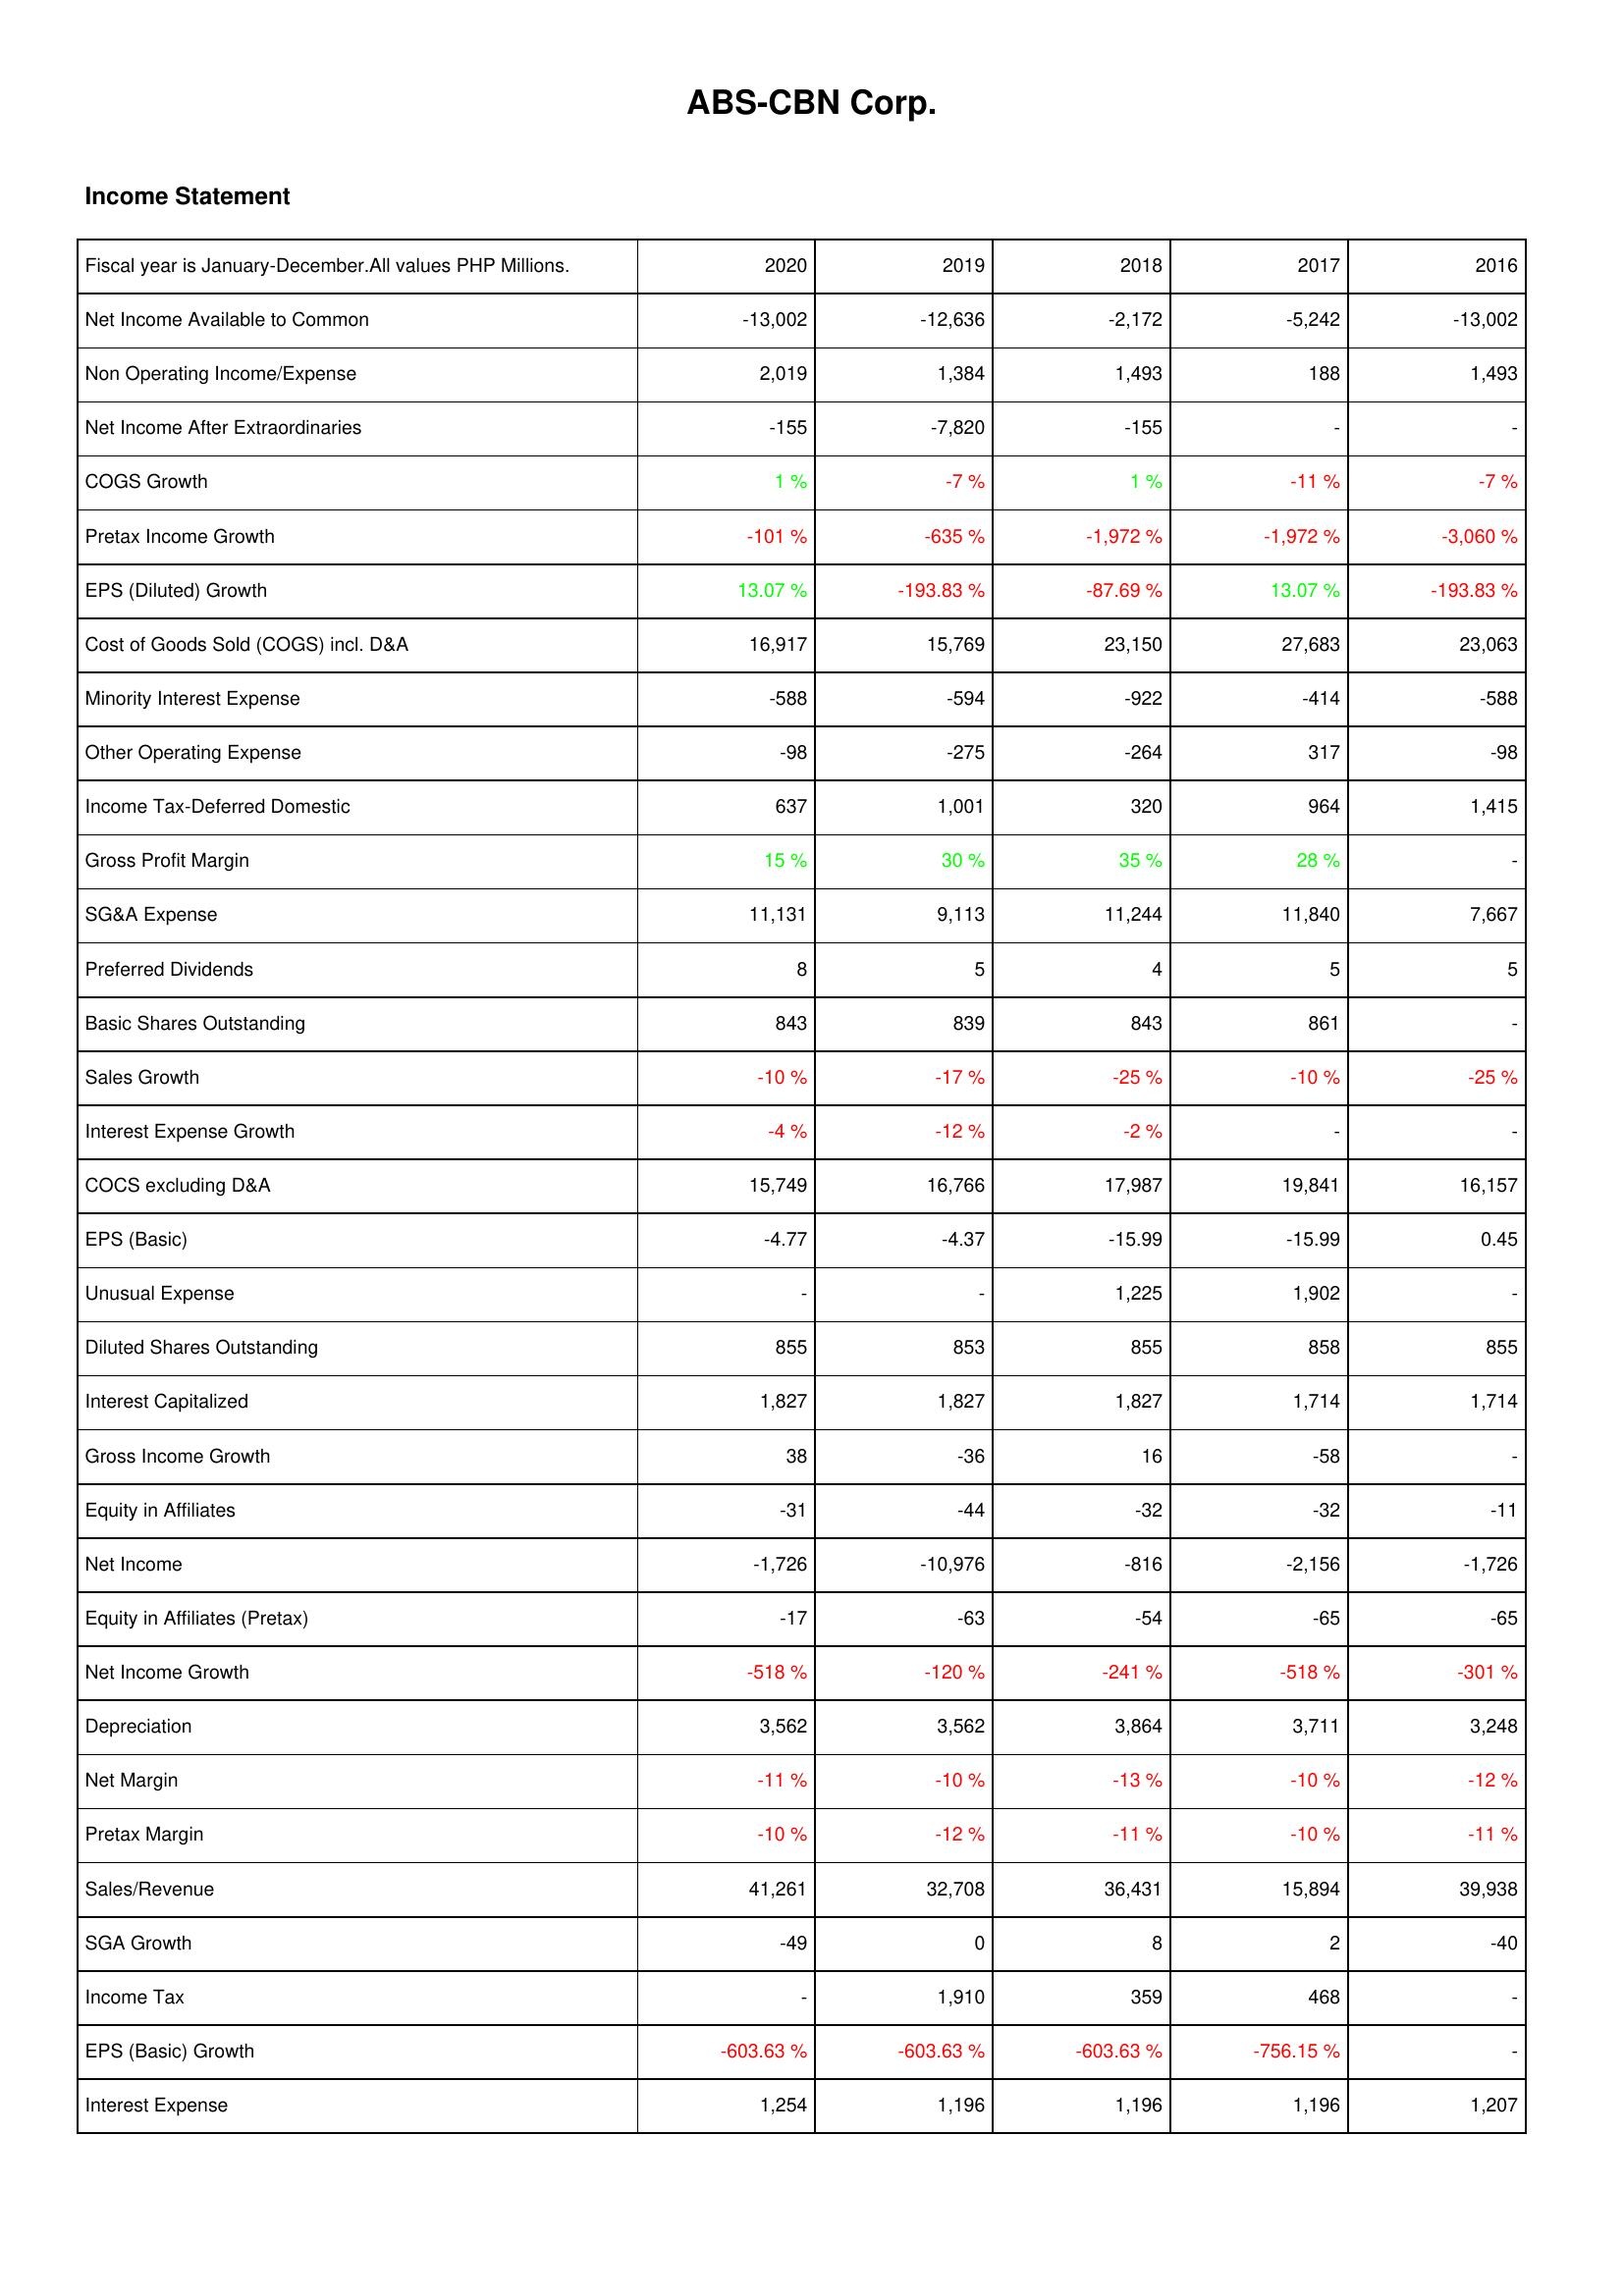
2020: Income Statement: Net Income Available to Common: -13,002
Non Operating Income/Expense: 2,019
Net Income After Extraordinaries: -155
COGS Growth: 1 %
Pretax Income Growth: -101 %
EPS (Diluted) Growth: 13.07 %
Cost of Goods Sold (COGS) incl. D&A: 16,917
Minority Interest Expense: -588
Other Operating Expense: -98
Income Tax-Deferred Domestic: 637
Gross Profit Margin: 15 %
SG&A Expense: 11,131
Preferred Dividends: 8
Basic Shares Outstanding: 843
Sales Growth: -10 %
Interest Expense Growth: -4 %
COCS excluding D&A: 15,749
EPS (Basic): -4.77
Unusual Expense: -
Diluted Shares Outstanding: 855
Interest Capitalized: 1,827
Gross Income Growth: 38
Equity in Affiliates: -31
Net Income: -1,726
Equity in Affiliates (Pretax): -17
Net Income Growth: -518 %
Depreciation: 3,562
Net Margin: -11 %
Pretax Margin: -10 %
Sales/Revenue: 41,261
SGA Growth: -49
Income Tax: -
EPS (Basic) Growth: -603.63 %
Interest Expense: 1,254
2019: Income Statement: Net Income Available to Common: -12,636
Non Operating Income/Expense: 1,384
Net Income After Extraordinaries: -7,820
COGS Growth: -7 %
Pretax Income Growth: -635 %
EPS (Diluted) Growth: -193.83 %
Cost of Goods Sold (COGS) incl. D&A: 15,769
Minority Interest Expense: -594
Other Operating Expense: -275
Income Tax-Deferred Domestic: 1,001
Gross Profit Margin: 30 %
SG&A Expense: 9,113
Preferred Dividends: 5
Basic Shares Outstanding: 839
Sales Growth: -17 %
Interest Expense Growth: -12 %
COCS excluding D&A: 16,766
EPS (Basic): -4.37
Unusual Expense: -
Diluted Shares Outstanding: 853
Interest Capitalized: 1,827
Gross Income Growth: -36
Equity in Affiliates: -44
Net Income: -10,976
Equity in Affiliates (Pretax): -63
Net Income Growth: -120 %
Depreciation: 3,562
Net Margin: -10 %
Pretax Margin: -12 %
Sales/Revenue: 32,708
SGA Growth: 0
Income Tax: 1,910
EPS (Basic) Growth: -603.63 %
Interest Expense: 1,196
2018: Income Statement: Net Income Available to Common: -2,172
Non Operating Income/Expense: 1,493
Net Income After Extraordinaries: -155
COGS Growth: 1 %
Pretax Income Growth: -1,972 %
EPS (Diluted) Growth: -87.69 %
Cost of Goods Sold (COGS) incl. D&A: 23,150
Minority Interest Expense: -922
Other Operating Expense: -264
Income Tax-Deferred Domestic: 320
Gross Profit Margin: 35 %
SG&A Expense: 11,244
Preferred Dividends: 4
Basic Shares Outstanding: 843
Sales Growth: -25 %
Interest Expense Growth: -2 %
COCS excluding D&A: 17,987
EPS (Basic): -15.99
Unusual Expense: 1,225
Diluted Shares Outstanding: 855
Interest Capitalized: 1,827
Gross Income Growth: 16
Equity in Affiliates: -32
Net Income: -816
Equity in Affiliates (Pretax): -54
Net Income Growth: -241 %
Depreciation: 3,864
Net Margin: -13 %
Pretax Margin: -11 %
Sales/Revenue: 36,431
SGA Growth: 8
Income Tax: 359
EPS (Basic) Growth: -603.63 %
Interest Expense: 1,196
2017: Income Statement: Net Income Available to Common: -5,242
Non Operating Income/Expense: 188
Net Income After Extraordinaries: -
COGS Growth: -11 %
Pretax Income Growth: -1,972 %
EPS (Diluted) Growth: 13.07 %
Cost of Goods Sold (COGS) incl. D&A: 27,683
Minority Interest Expense: -414
Other Operating Expense: 317
Income Tax-Deferred Domestic: 964
Gross Profit Margin: 28 %
SG&A Expense: 11,840
Preferred Dividends: 5
Basic Shares Outstanding: 861
Sales Growth: -10 %
Interest Expense Growth: -
COCS excluding D&A: 19,841
EPS (Basic): -15.99
Unusual Expense: 1,902
Diluted Shares Outstanding: 858
Interest Capitalized: 1,714
Gross Income Growth: -58
Equity in Affiliates: -32
Net Income: -2,156
Equity in Affiliates (Pretax): -65
Net Income Growth: -518 %
Depreciation: 3,711
Net Margin: -10 %
Pretax Margin: -10 %
Sales/Revenue: 15,894
SGA Growth: 2
Income Tax: 468
EPS (Basic) Growth: -756.15 %
Interest Expense: 1,196
2016: Income Statement: Net Income Available to Common: -13,002
Non Operating Income/Expense: 1,493
Net Income After Extraordinaries: -
COGS Growth: -7 %
Pretax Income Growth: -3,060 %
EPS (Diluted) Growth: -193.83 %
Cost of Goods Sold (COGS) incl. D&A: 23,063
Minority Interest Expense: -588
Other Operating Expense: -98
Income Tax-Deferred Domestic: 1,415
Gross Profit Margin: -
SG&A Expense: 7,667
Preferred Dividends: 5
Basic Shares Outstanding: -
Sales Growth: -25 %
Interest Expense Growth: -
COCS excluding D&A: 16,157
EPS (Basic): 0.45
Unusual Expense: -
Diluted Shares Outstanding: 855
Interest Capitalized: 1,714
Gross Income Growth: -
Equity in Affiliates: -11
Net Income: -1,726
Equity in Affiliates (Pretax): -65
Net Income Growth: -301 %
Depreciation: 3,248
Net Margin: -12 %
Pretax Margin: -11 %
Sales/Revenue: 39,938
SGA Growth: -40
Income Tax: -
EPS (Basic) Growth: -
Interest Expense: 1,207